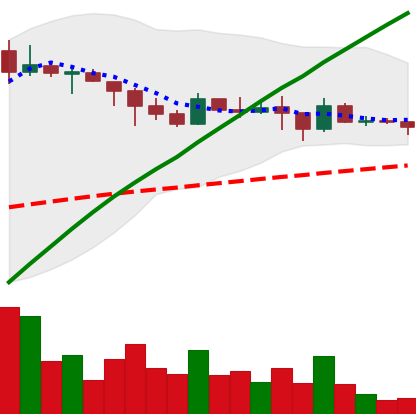
Ticker: DOGE-USD
Chart end date: 2021-02-28
Forward return: 3.24%
Label: up_3_5